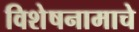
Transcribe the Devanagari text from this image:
विशेषनामाचे